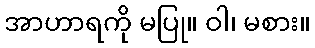
အာဟာရကို မပြု။ ဝါ၊ မစား။